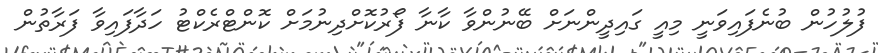
ފުލުހުން ބުނެފައިވަނީ މިއީ ގައިދީންނަށް ބޭނުންވާ ކާނާ ފޯރުކޮށްދިނުމަށް ކޮންޓްރެކްޓު ހަދާފައިވާ ފަރާތުން